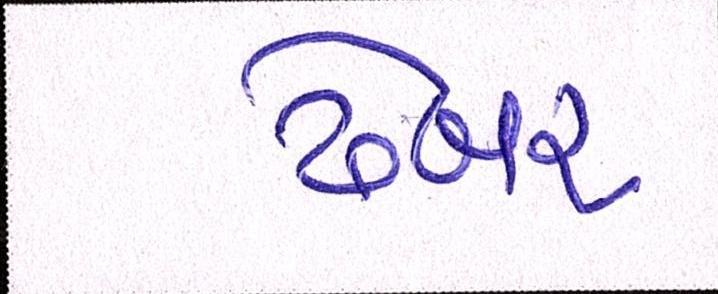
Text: ઢેબર